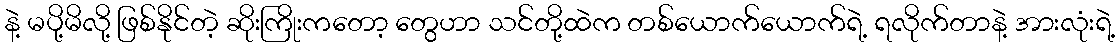
နဲ့ မပို့မိလို့ ဖြစ်နိုင်တဲ့ ဆိုးကြိုးကတော့ တွေဟာ သင်တို့ထဲက တစ်ယောက်ယောက်ရဲ့ ရလိုက်တာနဲ့ အားလုံးရဲ့